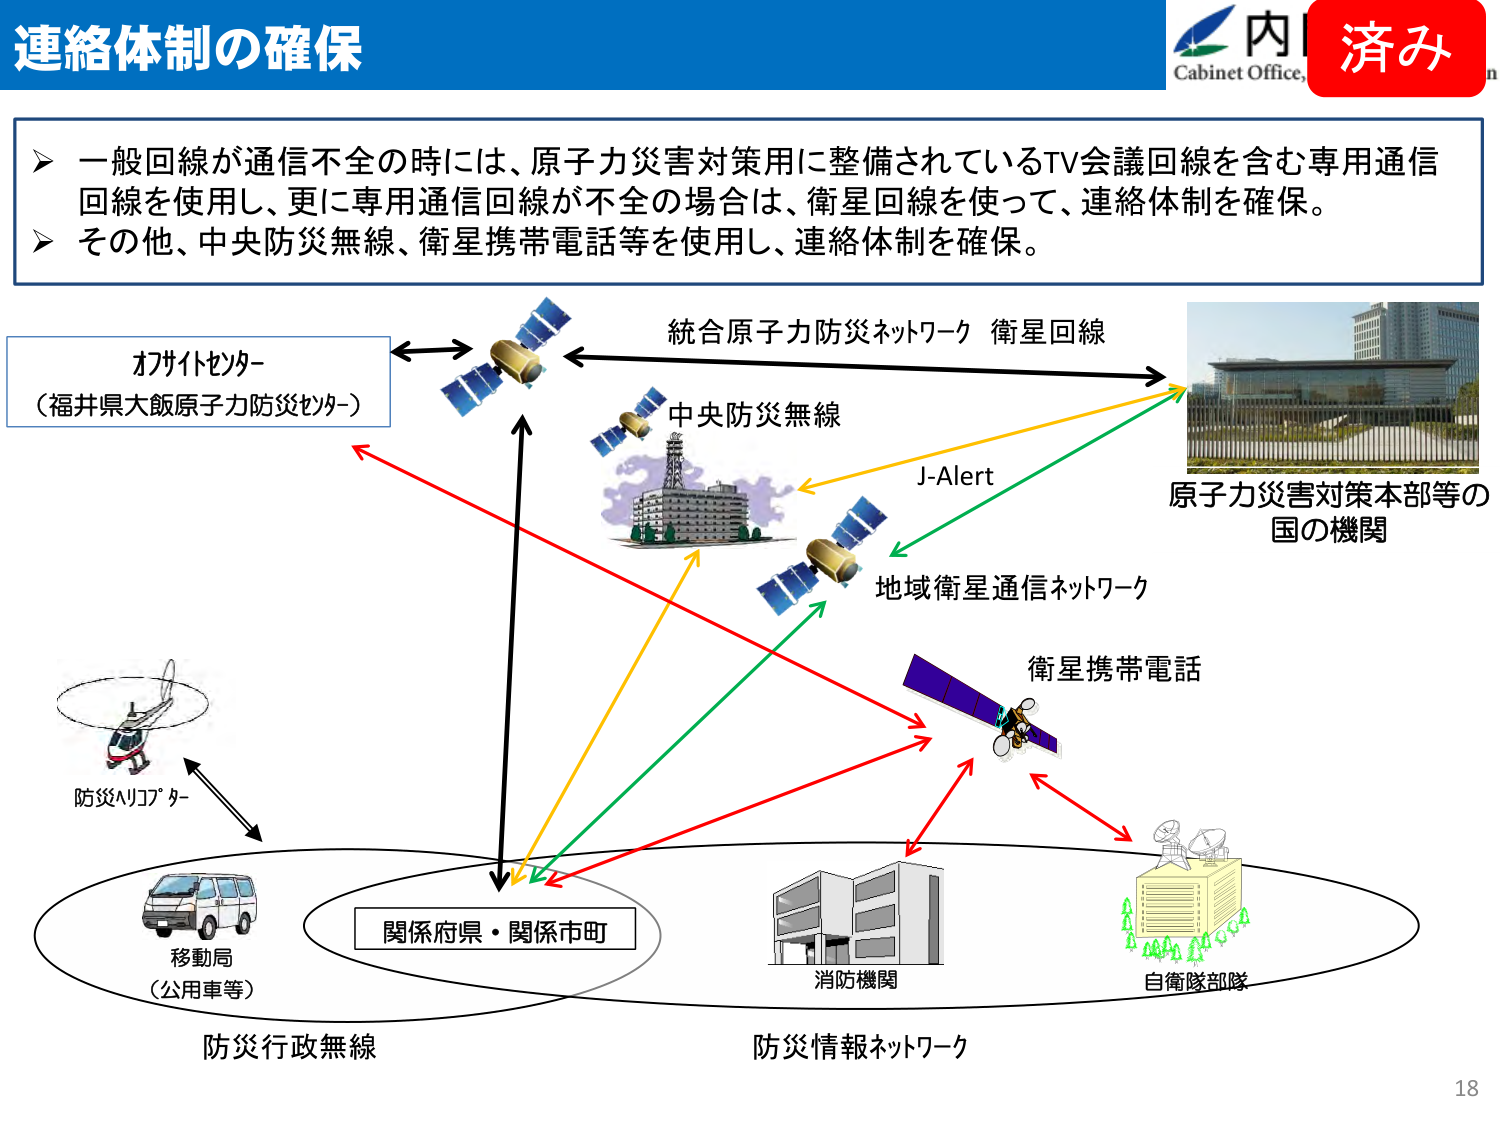
連絡体制の確保

一般回線が通信不全の時には、原子力災害対策用に整備されているTV会議回線を含む専用通信回線を使用し、更に専用通信回線が不全の場合は、衛星回線を使って、連絡体制を確保。
その他、中央防災無線、衛星携帯電話等を使用し、連絡体制を確保。

オフサイトセンター
（福井県大飯原子力防災センター）

統合原子力防災ネットワーク 衛星回線

中央防災無線

J-Alert

地域衛星通信ネットワーク

原子力災害対策本部等の
国の機関

衛星携帯電話

防災ヘリコプター

移動局
（公用車等）

関係府県・関係市町

消防機関

自衛隊部隊

防災行政無線

防災情報ネットワーク

Cabinet Office,
内
済み

18